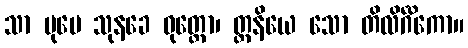
သာ ပုမေ သုနခေ ဝုတ္တော၊ တ္တနိယေ သော တိလိင်္ဂိကော။